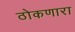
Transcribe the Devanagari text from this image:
ठोकणारा